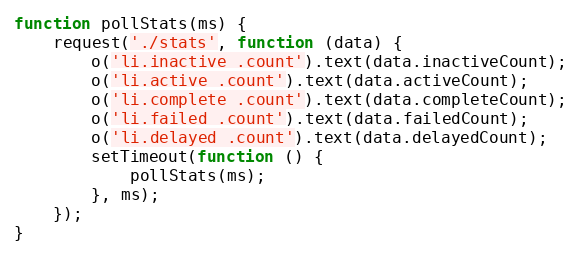
Language: JavaScript
function pollStats(ms) {
    request('./stats', function (data) {
        o('li.inactive .count').text(data.inactiveCount);
        o('li.active .count').text(data.activeCount);
        o('li.complete .count').text(data.completeCount);
        o('li.failed .count').text(data.failedCount);
        o('li.delayed .count').text(data.delayedCount);
        setTimeout(function () {
            pollStats(ms);
        }, ms);
    });
}